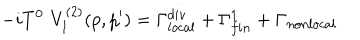
LaTeX: - i T ^ { 0 } \, \, V _ { 1 } ^ { ( 2 ) } ( p , p ^ { \prime } ) = \Gamma _ { l o c a l } ^ { d i v } + \Gamma _ { f i n } ^ { 1 } + \Gamma _ { n o n l o c a l }